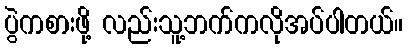
ပွဲကစားဖို့ လည်းသူ့ဘက်ကလိုအပ်ပါတယ်။